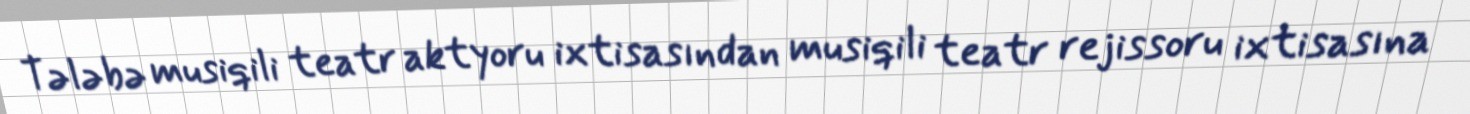
Tələbə musiqili teatr aktyoru ixtisasından musiqili teatr rejissoru ixtisasına